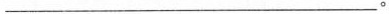
___。